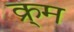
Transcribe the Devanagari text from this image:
क्र्म